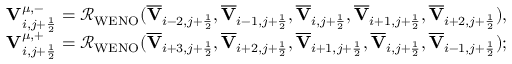
\begin{array} { r } { { \mathbf { V } } _ { i , j + \frac { 1 } { 2 } } ^ { \mu , - } = \mathcal { R } _ { \mathrm { W E N O } } ( \overline { { \mathbf { V } } } _ { i - 2 , j + \frac { 1 } { 2 } } , \overline { { \mathbf { V } } } _ { i - 1 , j + \frac { 1 } { 2 } } , \overline { { \mathbf { V } } } _ { i , j + \frac { 1 } { 2 } } , \overline { { \mathbf { V } } } _ { i + 1 , j + \frac { 1 } { 2 } } , \overline { { \mathbf { V } } } _ { i + 2 , j + \frac { 1 } { 2 } } ) , } \\ { { \mathbf { V } } _ { i , j + \frac { 1 } { 2 } } ^ { \mu , + } = \mathcal { R } _ { \mathrm { W E N O } } ( \overline { { \mathbf { V } } } _ { i + 3 , j + \frac { 1 } { 2 } } , \overline { { \mathbf { V } } } _ { i + 2 , j + \frac { 1 } { 2 } } , \overline { { \mathbf { V } } } _ { i + 1 , j + \frac { 1 } { 2 } } , \overline { { \mathbf { V } } } _ { i , j + \frac { 1 } { 2 } } , \overline { { \mathbf { V } } } _ { i - 1 , j + \frac { 1 } { 2 } } ) ; } \end{array}